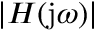
| H ( \mathrm { j } \omega ) |